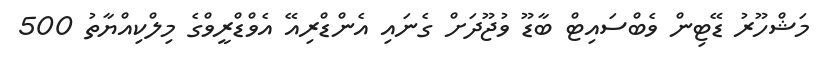
މަޝްހޫރު ޑޭޓިން ވެބްސައިޓް ބާޑޫ ވުޖޫދަށް ގެނައި އެންޑްރިއޭ އެވްޑްރީވްގެ މިލްކިއްޔާތު 500